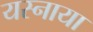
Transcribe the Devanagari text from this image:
यस्नाया